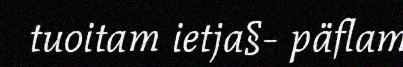
tuoitam ietja§- päflam